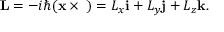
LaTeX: \mathbf { L } = - i \hbar ( \mathbf { x } \times \mathbf { \nabla } ) = L _ { x } \mathbf { i } + L _ { y } \mathbf { j } + L _ { z } \mathbf { k } .